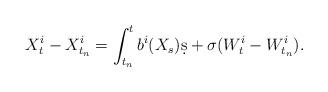
LaTeX: \begin{align*}X_t^i - X_{t_n}^i = \int_{t_n}^t b^i(X_s)\d s + \sigma(W_t^i - W_{t_n}^i).\end{align*}